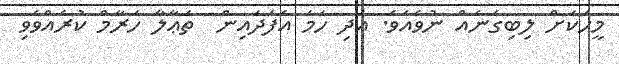
މީހަކަށް ލިބިގެނެއް ނުވެއެވެ. އަދި ހަމަ އެފަދައިން  ތަޢާލާ ހަރާމް ކުރެއްވެވި